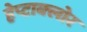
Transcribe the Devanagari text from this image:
हेप्‍टाक्‍लोर